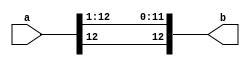
// divide_by_two
// Algorithm :: b = a / 2;
// unit type :: combinational
// Note      :: all arithmetic operations will use signed (2'complement) 13-bit width
// Note      :: repeat the sign bit @ the Most significant side & drop the LSB

module divide_by_two
#(parameter WIDTH=13)
(a, b);
input [WIDTH-1:0] a;
output [WIDTH-1:0] b;

assign b = {a[WIDTH-1] , a[WIDTH-1:1]};

endmodule